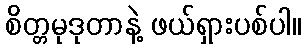
စိတ္တမုဒုတာနဲ့ ဖယ်ရှားပစ်ပါ။